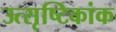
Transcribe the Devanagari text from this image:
उत्सृष्टिकांक